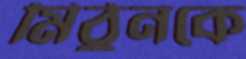
মিঠুনকে